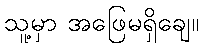
သူ့မှာ အဖြေမရှိချေ။